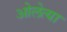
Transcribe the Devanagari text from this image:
ओलेत्या